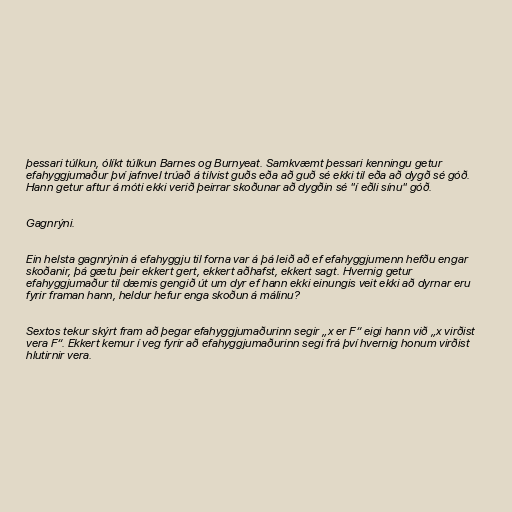
þessari túlkun, ólíkt túlkun Barnes og Burnyeat. Samkvæmt þessari kenningu getur
efahyggjumaður því jafnvel trúað á tilvist guðs eða að guð sé ekki til eða að dygð sé góð.
Hann getur aftur á móti ekki verið þeirrar skoðunar að dygðin sé "í eðli sínu" góð.

Gagnrýni.

Ein helsta gagnrýnin á efahyggju til forna var á þá leið að ef efahyggjumenn hefðu engar
skoðanir, þá gætu þeir ekkert gert, ekkert aðhafst, ekkert sagt. Hvernig getur
efahyggjumaður til dæmis gengið út um dyr ef hann ekki einungis veit ekki að dyrnar eru
fyrir framan hann, heldur hefur enga skoðun á málinu?

Sextos tekur skýrt fram að þegar efahyggjumaðurinn segir „x er F“ eigi hann við „x virðist
vera F“. Ekkert kemur í veg fyrir að efahyggjumaðurinn segi frá því hvernig honum virðist
hlutirnir vera.